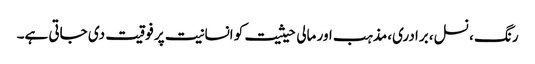
رنگ ، نسل، برادری،مذہب اور مالی حیثیت کو انسانیت پر فوقیت دی جاتی ہے۔